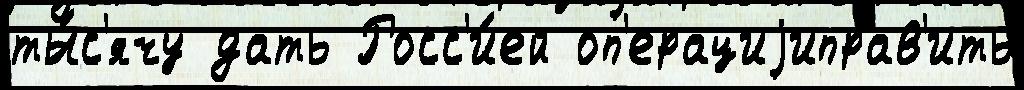
ты́с'ячу дать Росс'и́ей оп'ерациjиправ'ить